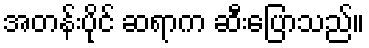
အတန်းပိုင် ဆရာက ဆီးပြောသည်။